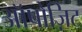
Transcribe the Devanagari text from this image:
ऑपोज़िट